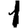
Digit: 1